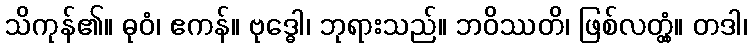
သိကုန်၏။ ဓုဝံ၊ ဧကန်။ ဗုဒ္ဓေါ၊ ဘုရားသည်။ ဘဝိဿတိ၊ ဖြစ်လတ္တံ့။ တဒါ၊